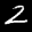
Label: 2